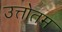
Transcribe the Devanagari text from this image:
उत्तोतम